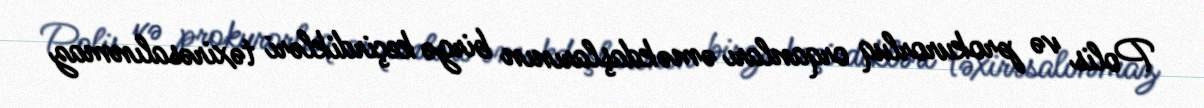
Polis və prokurorluq orqanları əməkdaşlarının birgə keçirdikləri təxirəsalınmaz